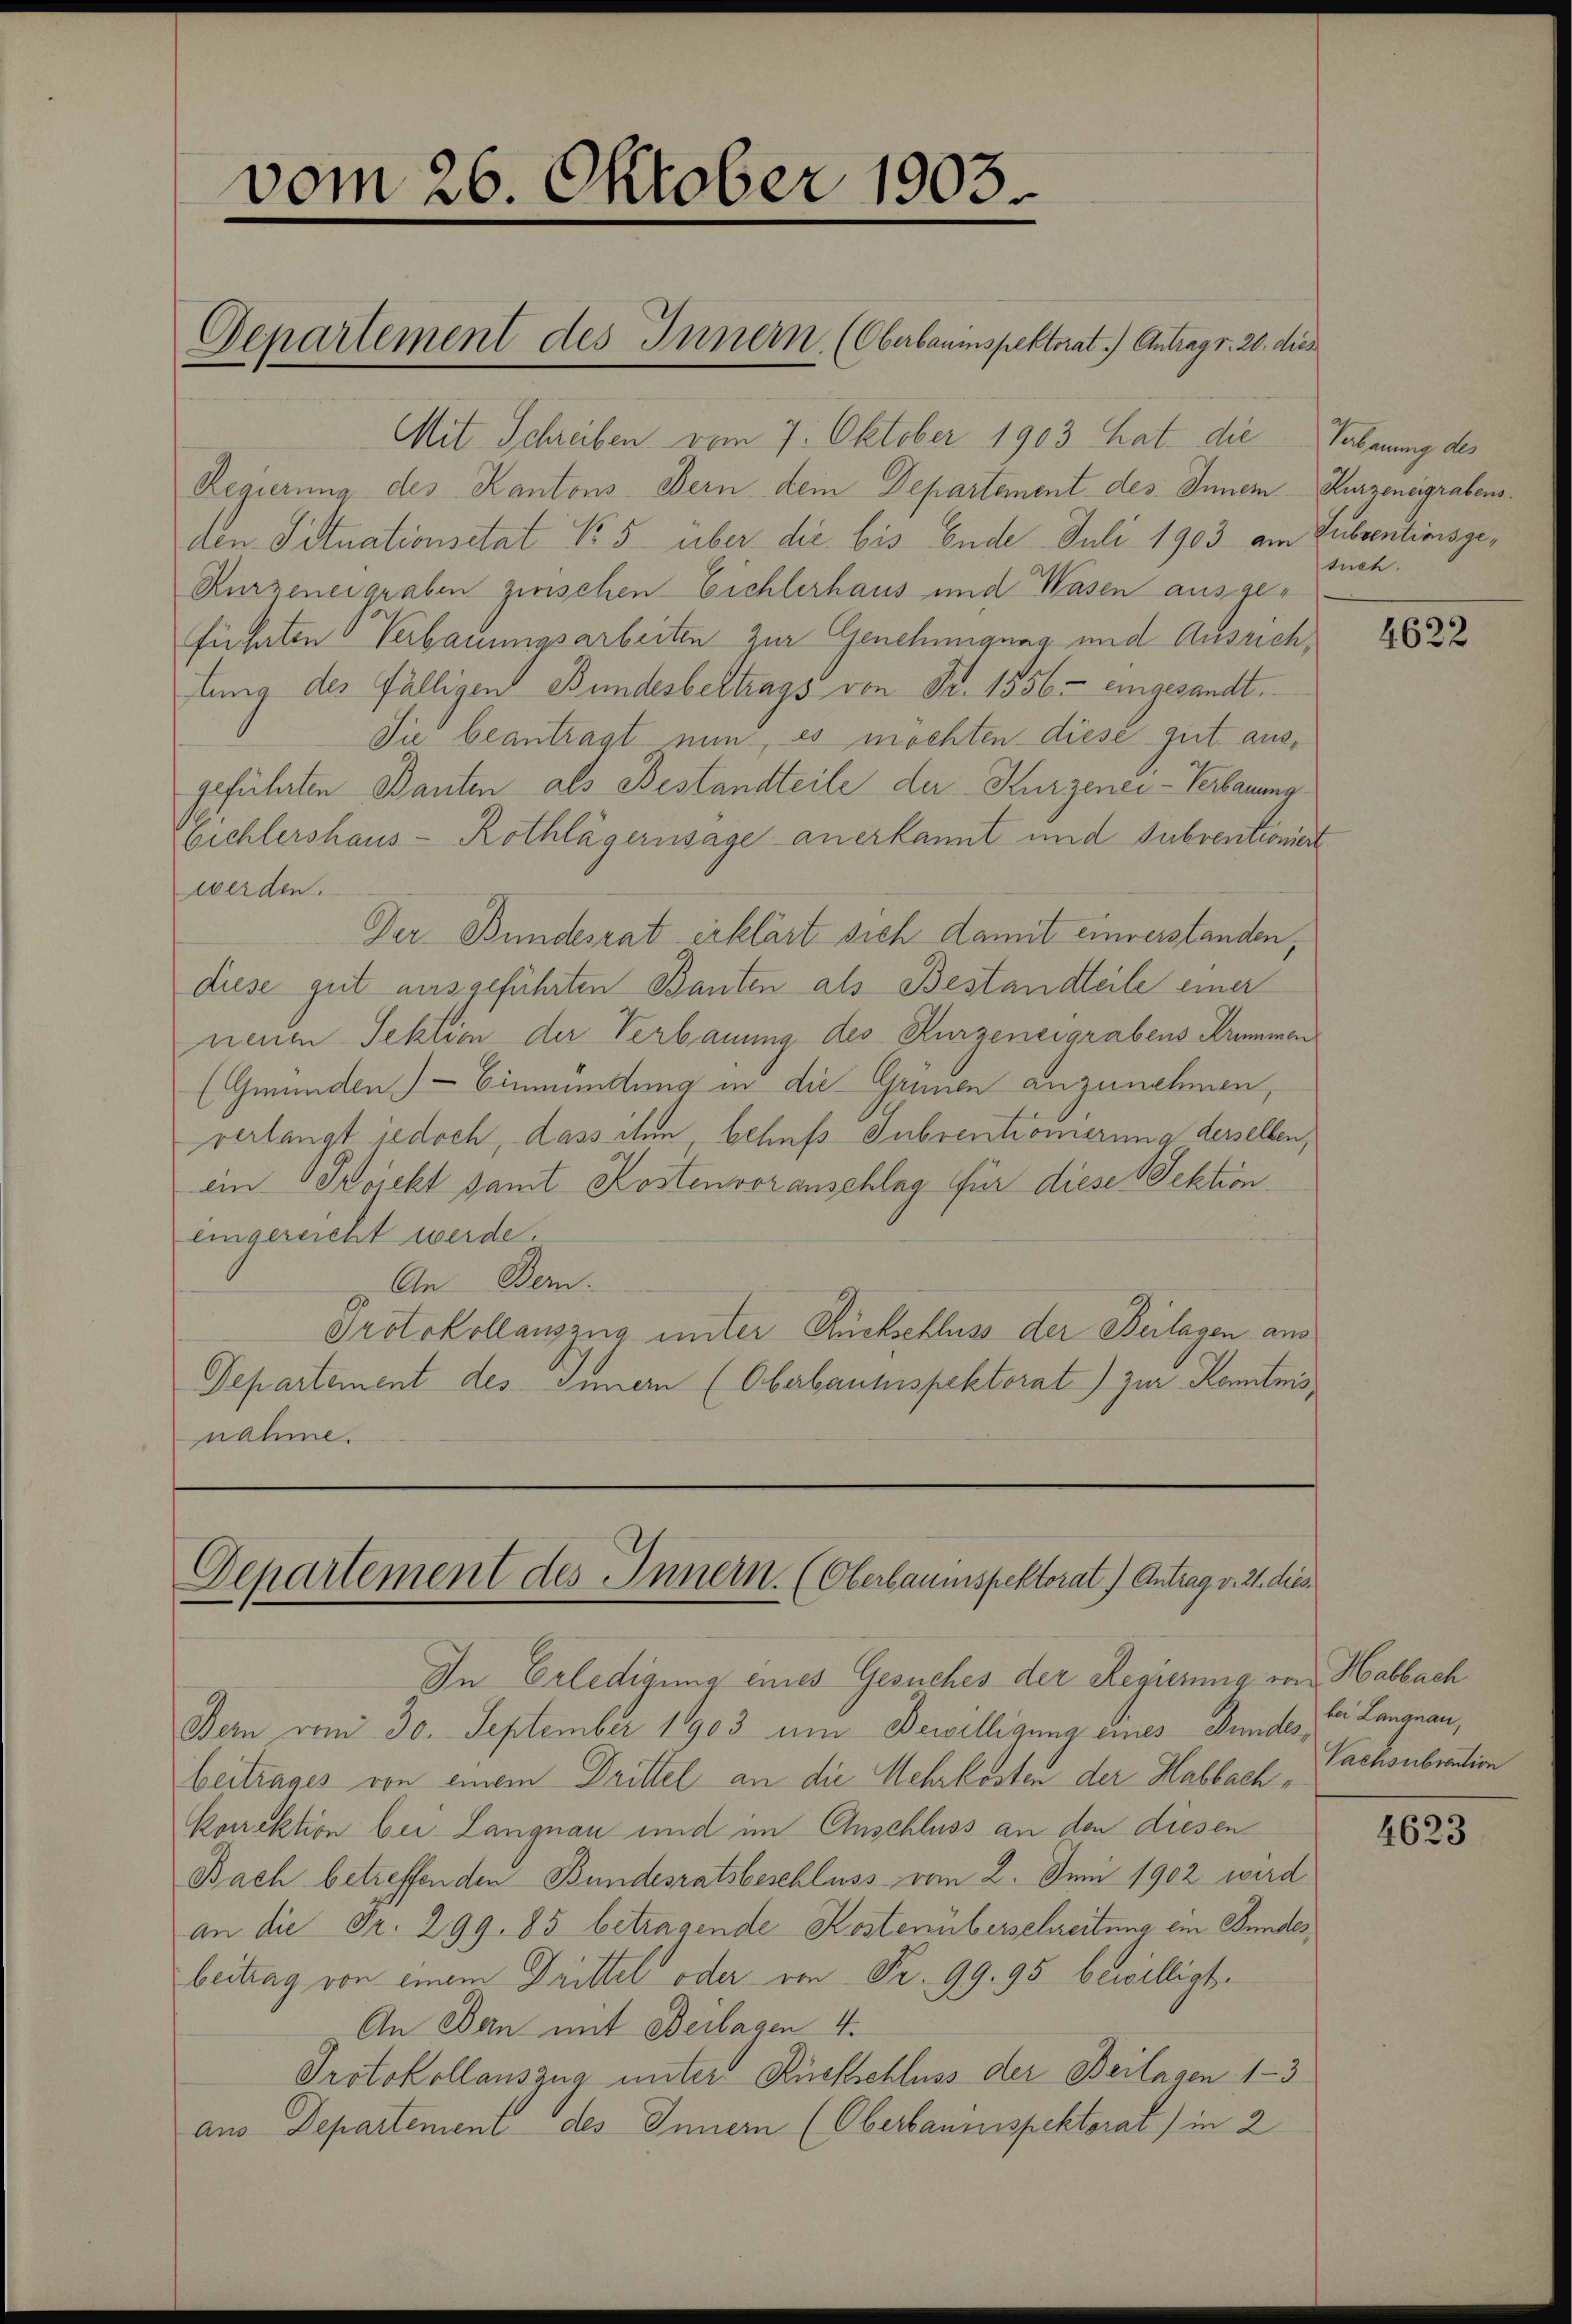
vom 26. Oktober 1903.

Mit Schreiben vom 7. Oktober 1903 hat die Verbauung des
Regierung des Kantons Bern dem Departement des Inner Kurzeneigrabensden Situationsitat No 5 über die bis Ende Juli 1903 am Subventionsge¬
Kurzeneigraben zwischen Eichlerhaus und Wasen ausgeführten Verbauungsarbeiten zur Genehmigung und Ausrich,
tung des fälligen Bundesbertrags von Fr. 1556 - eingesandt.
Sie beantragt nun, es möchten diese gut ausgeführten Bauten als Bestandteile der Kurzenei- Verbaume
Eichlershaus- Rothlägernsage anerkannt und Subventioniert
werden.
Der Bundesrat erklärt sich damit einverstanden,
diese gut ausgeführten Banten als Bestandteile einer
nenen Sektion der Verbauung des Kurzeneigrabens Krimmen
(Gmünden) — Einmündung in die Grünen anzunehmen,
verlangt jedoch, dass ihm, behufs Subventionierung derselben,
ein Projekt samt Kostenvoranschlag für diese Sektion.
eingereicht werde.
An Bern.
Protokollauszug unter Rückschluss der Beilagen aus
Departement des Innern (Oberbauinspektorat) zur Kenntnisnahme.

Departement des Innern (Oberbauinspektorat.) Antrag v. 20. dies

Departement des Innern. (Oberbauinspektorat) Antrag v. 21. dies

In Erledigung eines Gesuches der Regierung von Habbach
Bern vom 30. September 1903 ein Bewilligung eines Bundesbeitrages von einem Drittel an die Mehrkosten der Habbachkorrektion bei Langnau und im Anschluss an den diesen
Bach betreffenden Bundesratsbeschluss vom 2. Juni 1902 wird
an die Fr. 299. 85 betragende Kostenüberschreitung ein Bundes
beitrag von einem Drittel oder von Fr. 99. 95 bewilligt.
An Bern mit Beilagen 4.
Protokollauszug unter Rückschluss der Beilagen 1-3
aus Departement des Innern (Oberbauinspektorat) in 2

such.

4622

bei Langnau,
Vachsubraction

4623